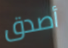
أصدق